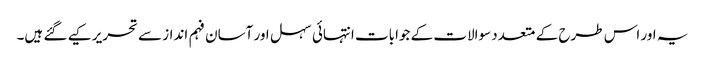
یہ اور اس طرح کے متعدد سوالات کے جوابات انتہائی سہل اور آسان فہم انداز سے تحریر کیے گئے ہیں۔